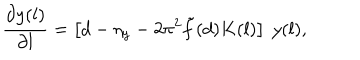
\frac { \partial y ( l ) } { \partial l } = \left[ d - \eta _ { y } - 2 \pi ^ { 2 } \tilde { f } ( d ) K ( l ) \right] ~ y ( l ) ,